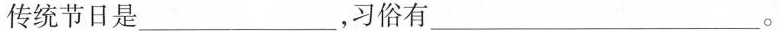
传统节日是___，习俗有___。